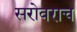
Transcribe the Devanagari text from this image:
सरोवराच